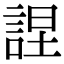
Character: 𧨚